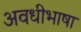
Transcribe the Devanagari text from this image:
अवधीभाषा